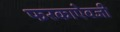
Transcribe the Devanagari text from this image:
फरकाऐवजी